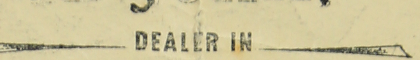
DEALER IN